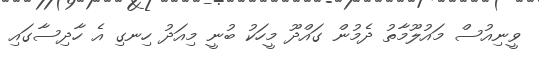
ވީނިއުސް މައުލޫމާތު ދެމުން ގައްދޫ މީހަކު ބުނީ މިއަދު ހިނގި އެ ހާދިސާގައި